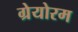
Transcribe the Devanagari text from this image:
ग्रेयोरम